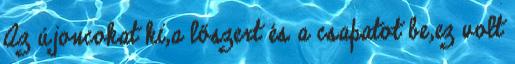
Az újoncokat ki,a lőszert és a csapatot be,ez volt